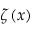
\zeta ( x )